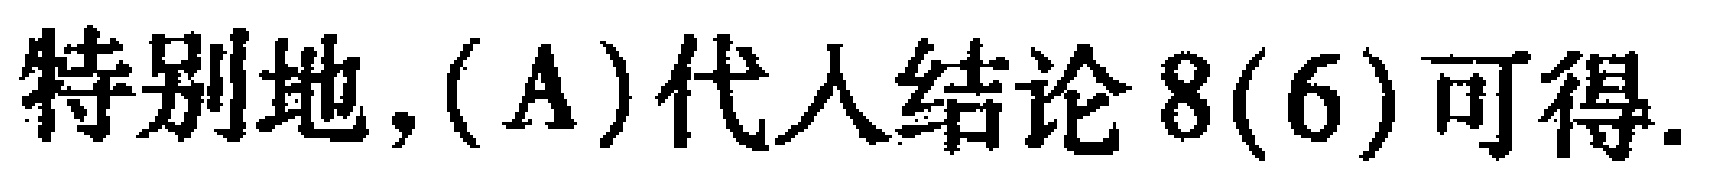
特别地, (\text{A})代入结论8(6)可得.